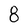
Character: 8